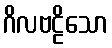
ဂိလဗဠိသော